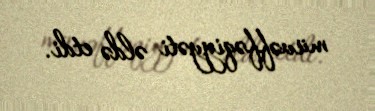
müvəffəqiyyəti əldə etdi.